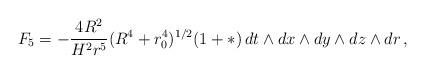
LaTeX: \begin{align*}F_5 = - {4 R^2\over H^2 r^5}(R^4+r_0^4)^{1/2} (1 + * )\, d t\wedge d x \wedge d y \wedge d z \wedge d r\,,\end{align*}